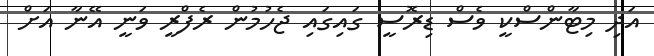
އަދި މިޓާންސްކީ ވެސް ޑިރޮސީ ގައިގައި ޖެހުމުން ރެފްރީ ވަނީ އޭނާ އަށް